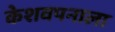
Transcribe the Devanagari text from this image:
केशवपनाला